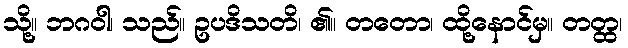
သို့။ ဘဂဝါ၊ သည်။ ဥပဒိသတိ၊ ၏။ တတော၊ ထို့နောင်မှ။ တတ္ထ၊